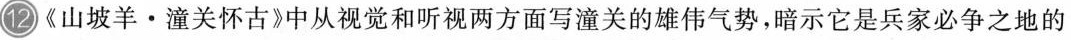
12《山坡羊·潼关怀古》中从视觉和听视两方面写潼关的雄伟气势，暗示它是兵家必争之地的